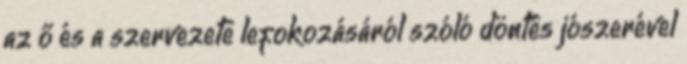
az ő és a szervezete lefokozásáról szóló döntés jószerével